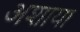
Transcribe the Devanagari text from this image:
अशाया